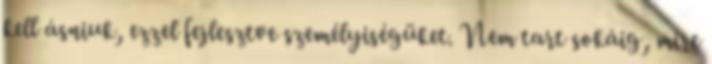
kell ásniuk, ezzel fejlesztve személyiségüket. Nem tart sokáig, mire